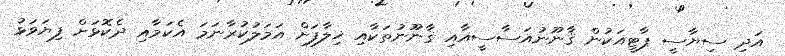
އަދި ސިޔާސީ ޕާޓީއަކުން ޤާނޫނުއަސާސީއާއި ޤާނޫނުތަކާއި ޚިލާފަށް އަމަލުކުރާނަމަ އެކަމާއި ދެކޮޅަށް ފިޔަވަޅު